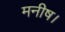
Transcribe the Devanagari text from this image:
मनीष।